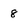
Character: 8